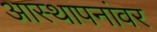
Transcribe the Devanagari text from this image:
आस्‍थापनांवर